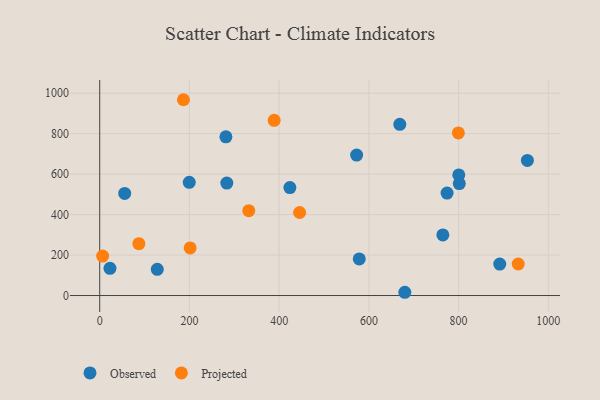
{"axis": {"x": "Investment", "y": "Exam Score"}, "legend": ["Observed", "Projected"], "data": [{"x": "800.4", "y": 595.8, "type": "Observed"}, {"x": "774.3", "y": 506.2, "type": "Observed"}, {"x": "891.7", "y": 155.3, "type": "Observed"}, {"x": "281.3", "y": 784.3, "type": "Observed"}, {"x": "680.1", "y": 16.1, "type": "Observed"}, {"x": "128.3", "y": 129.7, "type": "Observed"}, {"x": "572.7", "y": 694.1, "type": "Observed"}, {"x": "801.5", "y": 553.3, "type": "Observed"}, {"x": "283.3", "y": 555.9, "type": "Observed"}, {"x": "423.9", "y": 533.4, "type": "Observed"}, {"x": "22.9", "y": 134.5, "type": "Observed"}, {"x": "953.3", "y": 667.8, "type": "Observed"}, {"x": "668.9", "y": 845.8, "type": "Observed"}, {"x": "199.6", "y": 559.6, "type": "Observed"}, {"x": "764.9", "y": 299.7, "type": "Observed"}, {"x": "55.7", "y": 504.7, "type": "Observed"}, {"x": "578.6", "y": 181.0, "type": "Observed"}, {"x": "932.9", "y": 155.9, "type": "Projected"}, {"x": "186.6", "y": 967.5, "type": "Projected"}, {"x": "388.9", "y": 865.5, "type": "Projected"}, {"x": "87.3", "y": 256.3, "type": "Projected"}, {"x": "332.3", "y": 419.3, "type": "Projected"}, {"x": "799.5", "y": 803.3, "type": "Projected"}, {"x": "201.6", "y": 235.0, "type": "Projected"}, {"x": "6.5", "y": 195.0, "type": "Projected"}, {"x": "445.6", "y": 410.2, "type": "Projected"}]}